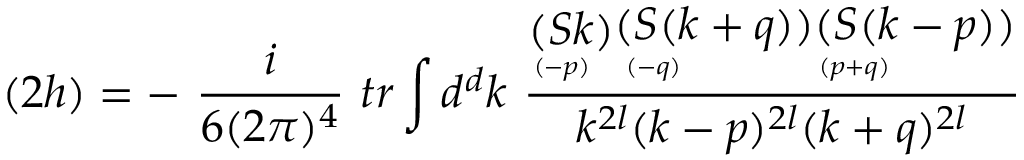
( 2 h ) = - \ \frac { i } { 6 ( 2 \pi ) ^ { 4 } } \ t r \int d ^ { d } k \ \frac { \stackrel { \displaystyle ( S k ) } { \scriptscriptstyle ( - p ) \phantom { + } } \stackrel { \displaystyle ( S ( k + q ) ) } { \scriptscriptstyle ( - q ) \phantom { + q q q q q q q } } \stackrel { \displaystyle ( S ( k - p ) ) } { \scriptscriptstyle ( p + q ) \phantom { + q q q q q q q } } } { k ^ { 2 l } ( k - p ) ^ { 2 l } ( k + q ) ^ { 2 l } }